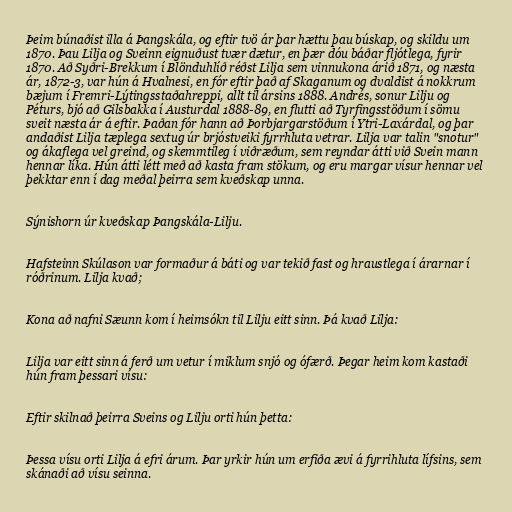
Þeim búnaðist illa á Þangskála, og eftir tvö ár þar hættu þau búskap, og skildu um
1870. Þau Lilja og Sveinn eignuðust tvær dætur, en þær dóu báðar fljótlega, fyrir
1870. Að Syðri-Brekkum í Blönduhlíð réðst Lilja sem vinnukona árið 1871, og næsta
ár, 1872-3, var hún á Hvalnesi, en fór eftir það af Skaganum og dvaldist á nokkrum
bæjum í Fremri-Lýtingsstaðahreppi, allt til ársins 1888. Andrés, sonur Lilju og
Péturs, bjó að Gilsbakka í Austurdal 1888-89, en flutti að Tyrfingsstöðum í sömu
sveit næsta ár á eftir. Þaðan fór hann að Þorbjargarstöðum í Ytri-Laxárdal, og þar
andaðist Lilja tæplega sextug úr brjóstveiki fyrrhluta vetrar. Lilja var talin "snotur"
og ákaflega vel greind, og skemmtileg í viðræðum, sem reyndar átti við Svein mann
hennar líka. Hún átti létt með að kasta fram stökum, og eru margar vísur hennar vel
þekktar enn í dag meðal þeirra sem kveðskap unna.

Sýnishorn úr kveðskap Þangskála-Lilju.

Hafsteinn Skúlason var formaður á báti og var tekið fast og hraustlega í árarnar í
róðrinum. Lilja kvað;

Kona að nafni Sæunn kom í heimsókn til Lilju eitt sinn. Þá kvað Lilja:

Lilja var eitt sinn á ferð um vetur í miklum snjó og ófærð. Þegar heim kom kastaði
hún fram þessari vísu:

Eftir skilnað þeirra Sveins og Lilju orti hún þetta:

Þessa vísu orti Lilja á efri árum. Þar yrkir hún um erfiða ævi á fyrrihluta lífsins, sem
skánaði að vísu seinna.